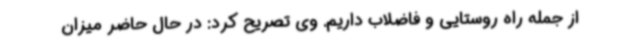
از جمله راه روستایی و فاضلاب داریم. وی تصریح کرد: در حال حاضر میزان